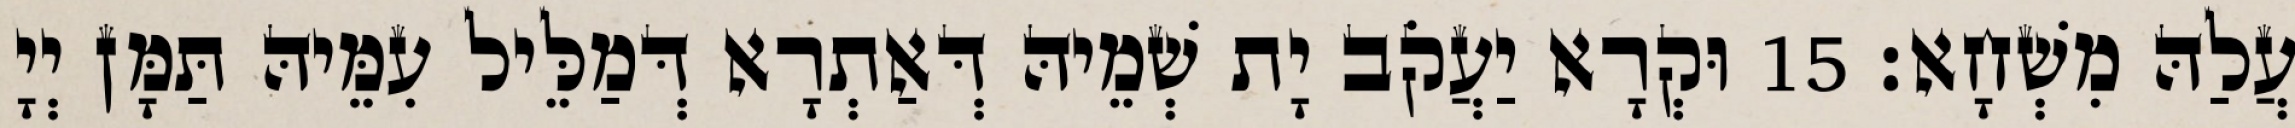
עֲלַהּ מִשְׁחָא׃ 15 וּקְרָא יַעֲקֹב יָת שְׁמֵיהּ דְּאַתְרָא דְּמַלֵּיל עִמֵּיהּ תַּמָּן יְיָ